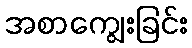
အစာကျွေးခြင်း